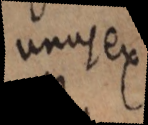
unus ex